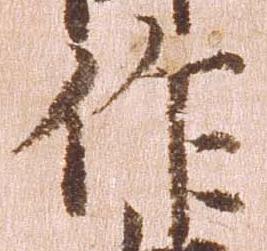
作